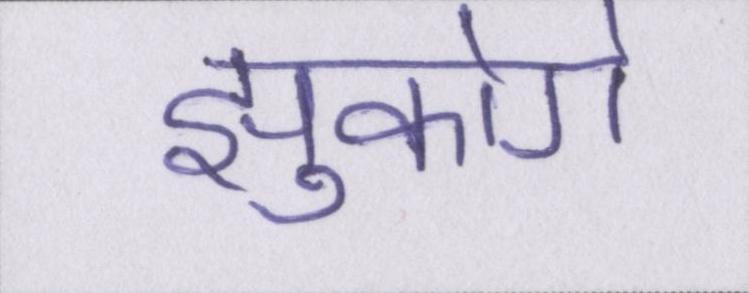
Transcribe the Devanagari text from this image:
झुकोगे